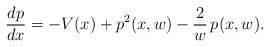
\begin{align*}\frac{dp}{dx} = -V(x) + p^2(x,w) - \frac{2}{w}\, p(x,w) .\end{align*}